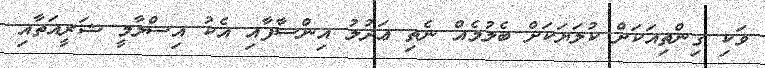
ވަކި ގިންތިއަކަށް ކުލަޔަކަށް ބެލުމެއް ނެތި ޢަދުލު އިންސާފާއި އެކު އިސްލާމީ ޝަރީއަތާއި